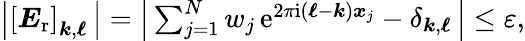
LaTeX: \begin{array}{r}{\left|\left[\boldsymbol E_{\mathrm{r}}\right]_{\boldsymbol k,\boldsymbol\ell}\, \right|=\left|\, \sum_{j=1}^{N}w_{j}\, \mathrm e^{2\pi\mathrm i(\boldsymbol\ell-\boldsymbol k)\boldsymbol x_{j}}-\delta_{\boldsymbol k,\boldsymbol\ell}\, \right|\leq\varepsilon,}\end{array}